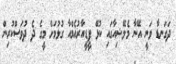
ދަގަނޑާ ވަނީ އޭނާ މެލޭޝިއާގައި ކުޅޭ ޕީޑީއާރުއެމްއާ ގުޅުމަށް މީގެ ދެ ދުވަސްކުރިން